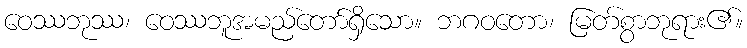
ဝေဿဘုဿ၊ ဝေဿဘူအမည်တော်ရှိသော။ ဘဂဝတော၊ မြတ်စွာဘုရား၏။